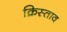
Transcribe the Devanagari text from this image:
क्रिस्ताव